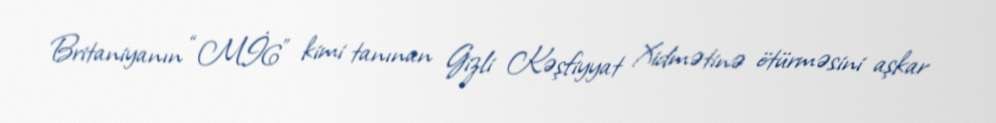
Britaniyanın “Mİ6” kimi tanınan Gizli Kəşfiyyat Xidmətinə ötürməsini aşkar